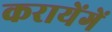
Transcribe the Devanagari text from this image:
करायेंगें